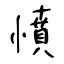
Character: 憤